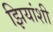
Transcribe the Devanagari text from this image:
झियांशी